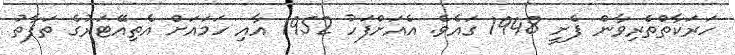
ހަރަކާތްތެރިވާން ފެށީ 1948 ގައެވެ. އެއަށްފަހު 1952 އާއި ހަމައަށް އެތިއޭޓަރުގެ ތަފާތު